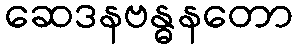
ဆေဒနဗန္ဓနတော